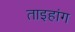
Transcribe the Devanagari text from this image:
ताइहांग